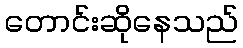
တောင်းဆိုနေသည်